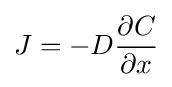
J=-D{\frac {\partial C}{\partial x}}